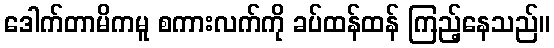
ဒေါက်တာမိကမူ စကားလက်ကို ခပ်ထန်ထန် ကြည့်နေသည်။